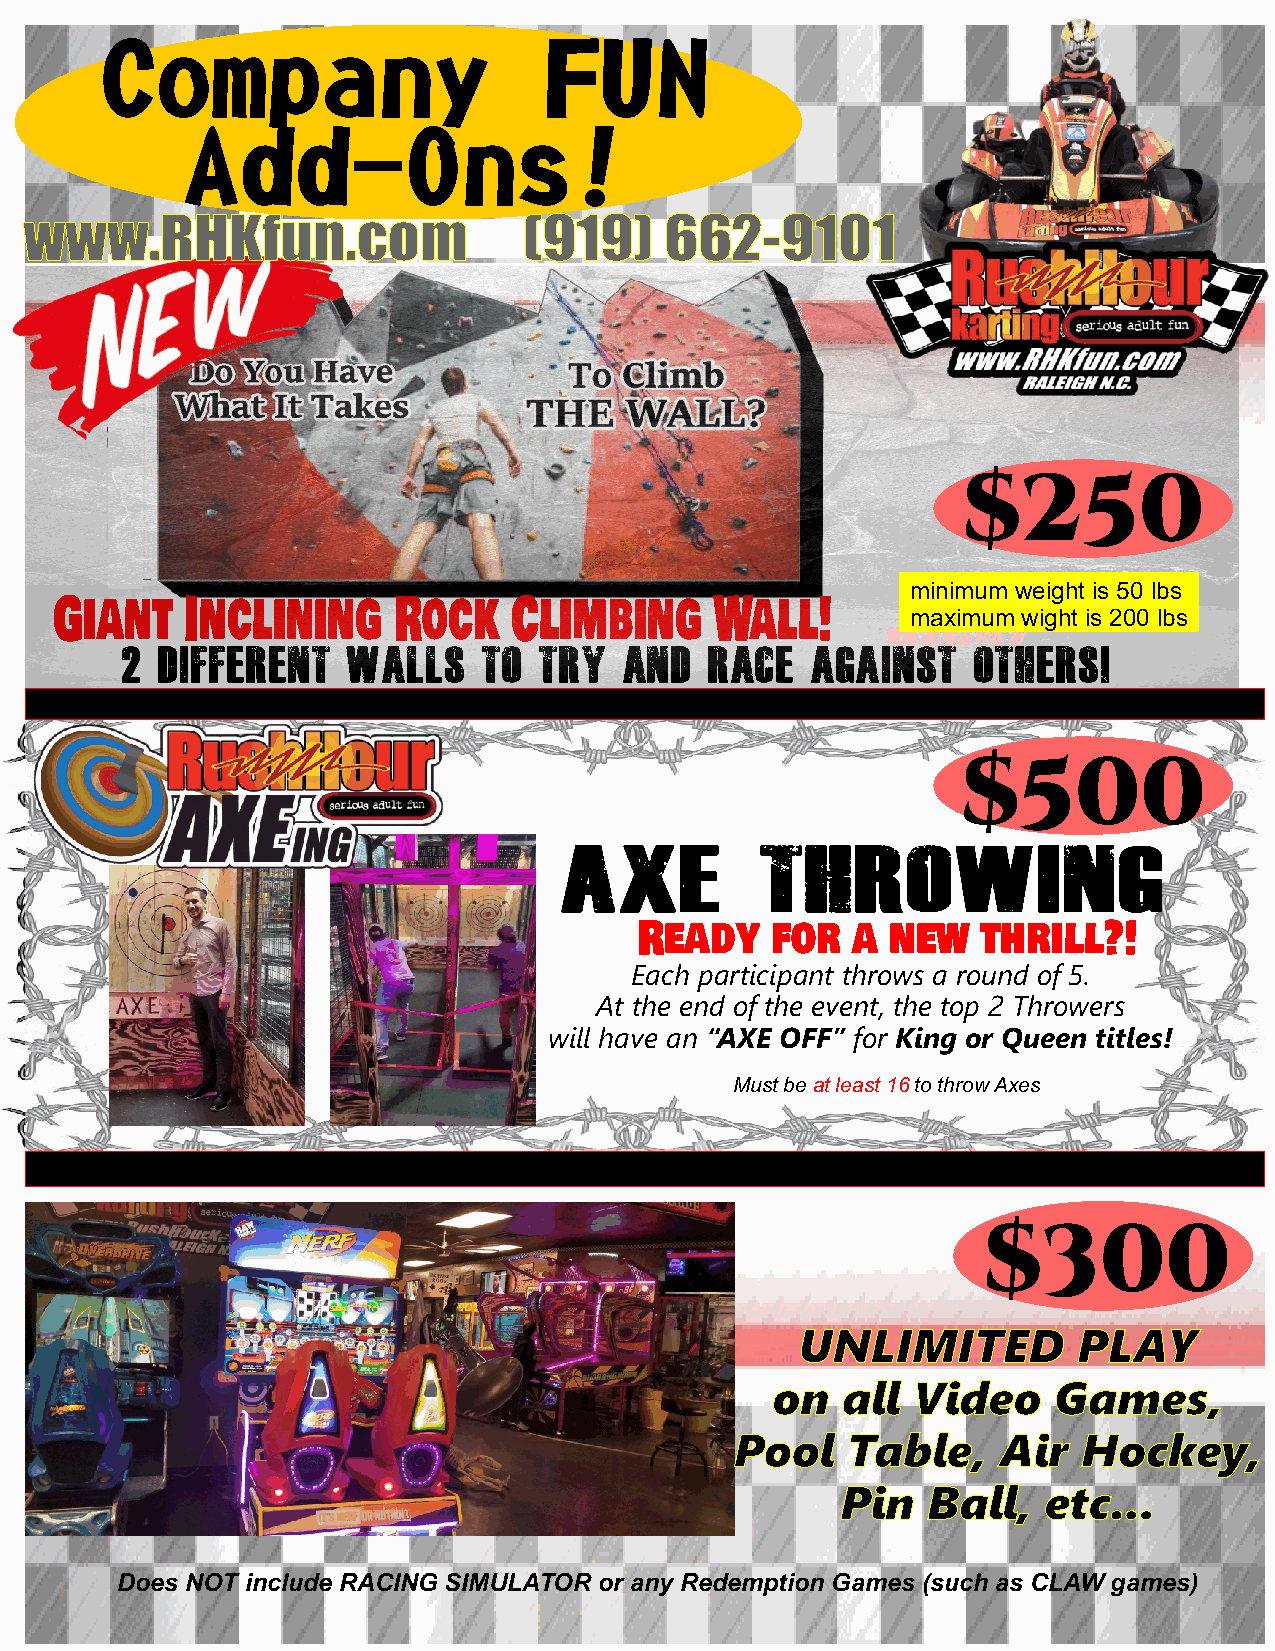
Company                      FUN
 Add-Ons!
 www.RHKfun.com                   (919)    662-9101
 $250
 minimum weight is 50 lbs
 Giant   Inclining     Rock    Climbing     Wall!        maximum wight is 200 lbs
 2 different    Walls    to  try  and   race   against   others!
 $500
 AXE          THROWING
 Ready    for  a  new   thrill?!
 Each participant throws a round of 5.
 At the end of the event, the top 2 Throwers
 will have an “AXE OFF” for King or Queen titles!
 Must be at least 16 to throw Axes
 $300
 UNLIMITED         PLAY
 on   all Video     Games,
 Pool   Table,    Air   Hockey,
 Pin  Ball,   etc...
 Does NOT include RACING SIMULATOR or any Redemption Games (such as CLAW games)